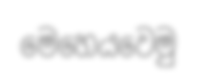
මෙහෙයවෙමු